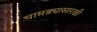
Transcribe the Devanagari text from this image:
चामड्यासारखी